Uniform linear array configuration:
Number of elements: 48
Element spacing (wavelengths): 0.25
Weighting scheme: uniform
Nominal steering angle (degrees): -45
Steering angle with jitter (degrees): -45.971
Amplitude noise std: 0.05
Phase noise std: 0.05

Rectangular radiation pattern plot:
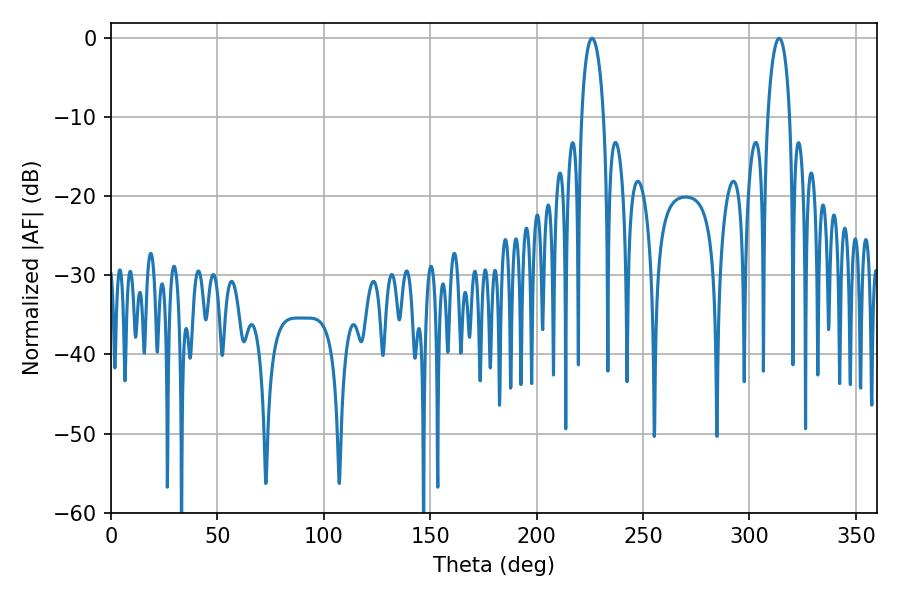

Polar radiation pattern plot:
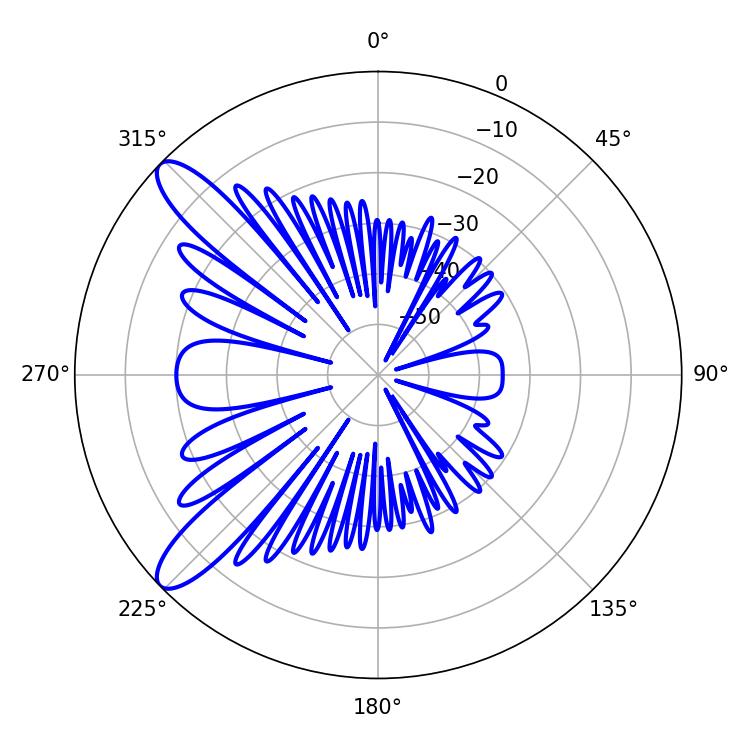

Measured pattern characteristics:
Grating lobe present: FALSE
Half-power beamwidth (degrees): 5.94
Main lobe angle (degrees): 313.92